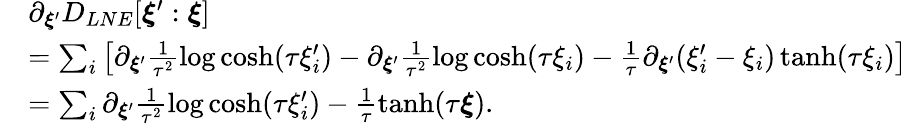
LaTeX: \begin{array}{rl}&{\partial_{\boldsymbol{\xi}^{\prime}}D_{LNE}[\boldsymbol{\xi}^{\prime}:\boldsymbol{\xi}]}\\ &{=\sum_{i}\left[\partial_{\boldsymbol{\xi}^{\prime}}\frac{1}{\tau^{2}}\log\cosh(\tau\xi_{i}^{\prime})-\partial_{\boldsymbol{\xi}^{\prime}}\frac{1}{\tau^{2}}\log\cosh(\tau\xi_{i})-\frac{1}{\tau}\partial_{\boldsymbol{\xi}^{\prime}}(\xi_{i}^{\prime}-\xi_{i})\operatorname{tanh}(\tau\xi_{i})\right]}\\ &{=\sum_{i}\partial_{\boldsymbol{\xi}^{\prime}}\frac{1}{\tau^{2}}\log\cosh(\tau\xi_{i}^{\prime})-\frac{1}{\tau}\operatorname{tanh}(\tau\boldsymbol{\xi}).}\end{array}